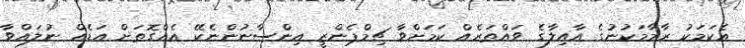
އެކަމަކު ރާމާމަކުނުގެ އާއިލާގެ ވައްތަރެއް ކަމަށްވާ ޗިމްޕެންޒީ އިންސާނުންނެކޭ އެއްގޮތަށް އަޑެއް ނުލައްވާ